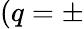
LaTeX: (q=\pm